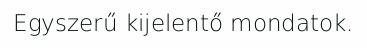
Egyszerű kijelentő mondatok.